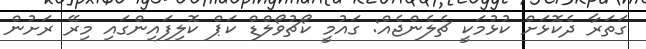
ގަތަރާ ދެކޮޅަށް ކުޅުމަކީ ޗެލެންޖެއް: ގައުމީ ކޯޗުވޯލްޑް ކަޕް ކޮލިފައިންގައި މިރޭ ރަށުން